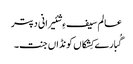
عالم سیف ءِ شئیرانی دپتر
گُبارے کِشکاں کونڈاں جنت۔